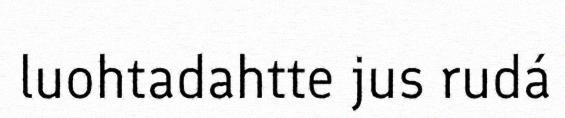
luohtadahtte jus rudá